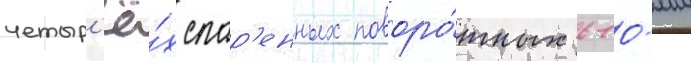
четыр'ё́х спар'енных поворо́тных 610-мм